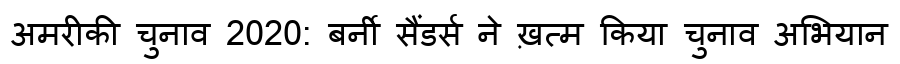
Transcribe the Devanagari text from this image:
अमरीकी चुनाव 2020: बर्नी सैंडर्स ने ख़त्म किया चुनाव अभियान